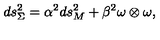
d s _ { \Sigma } ^ { 2 } = \alpha ^ { 2 } { d s _ { M } ^ { 2 } } + \beta ^ { 2 } \omega \otimes \omega ,